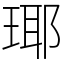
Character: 瑘